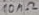
Text: 10MΩ